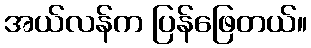
အယ်လန်က ပြန်ဖြေတယ်။